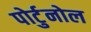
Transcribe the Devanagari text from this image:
पोर्टुनोल